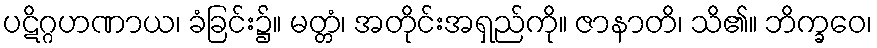
ပဋိဂ္ဂဟဏာယ၊ ခံခြင်း၌။ မတ္တံ၊ အတိုင်းအရှည်ကို။ ဇာနာတိ၊ သိ၏။ ဘိက္ခဝေ၊